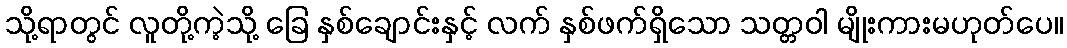
သို့ရာတွင် လူတို့ကဲ့သို့ ခြေ နှစ်ချောင်းနှင့် လက် နှစ်ဖက်ရှိသော သတ္တဝါ မျိုးကားမဟုတ်ပေ။